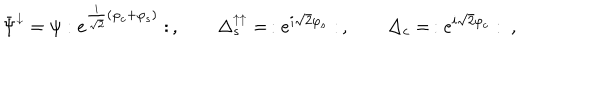
\bar { \Psi } ^ { \downarrow } = \psi : e ^ { \frac { i } { \sqrt { 2 } } ( \varphi _ { c } + \varphi _ { s } ) } : \, , \qquad \Delta _ { s } ^ { \uparrow \uparrow } = \, : e ^ { i \sqrt { 2 } \varphi _ { s } } : \, , \qquad \Delta _ { c } = \, : e ^ { i \sqrt { 2 } \varphi _ { c } } : \ ,